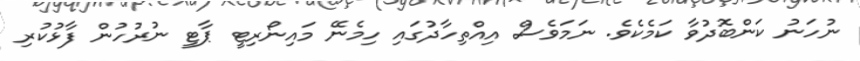
ނުހަނު ކަންބޮދުވާ ކަމެކެވެ. ނަމަވެސް އިއްތިހާދުގައި ހިމެނޭ މައިނޯރިޓީ ޕާޓީ ނުރުހުން ފާޅުކުރި